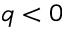
q < 0